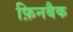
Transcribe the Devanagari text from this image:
फ़िनबैक